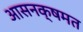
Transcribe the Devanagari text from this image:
आसनक्षमत